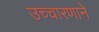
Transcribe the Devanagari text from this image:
उच्चारणाने